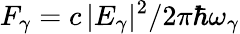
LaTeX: F_{\gamma}=c\, |E_{\gamma}|^{2}/2\pi\hbar\omega_{\gamma}